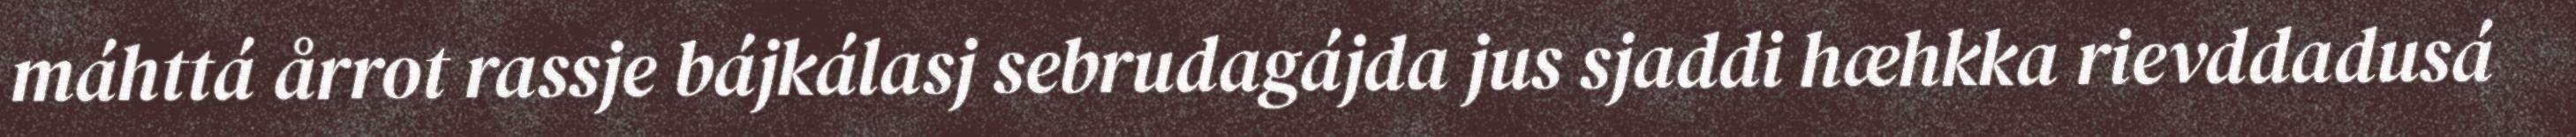
máhttá årrot rassje bájkálasj sebrudagájda jus sjaddi hæhkka rievddadusá